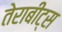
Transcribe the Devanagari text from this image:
तेराबीट्स